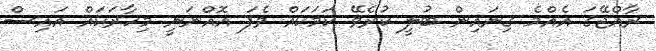
ރާއްޖޭގަ އެއްމެ ގިނައިން ބުލީ ކުރެވޭ ކަމަކައް ވެފަ އޮއްނަނީ މިހާރަކައް އައިސް